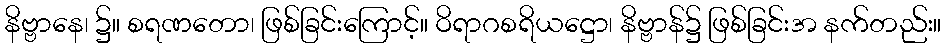
နိဗ္ဗာနေ၊ ၌။ စရဏတော၊ ဖြစ်ခြင်းကြောင့်။ ဝိရာဂစရိယဋ္ဌော၊ နိဗ္ဗာန်၌ ဖြစ်ခြင်းအ နက်တည်း။